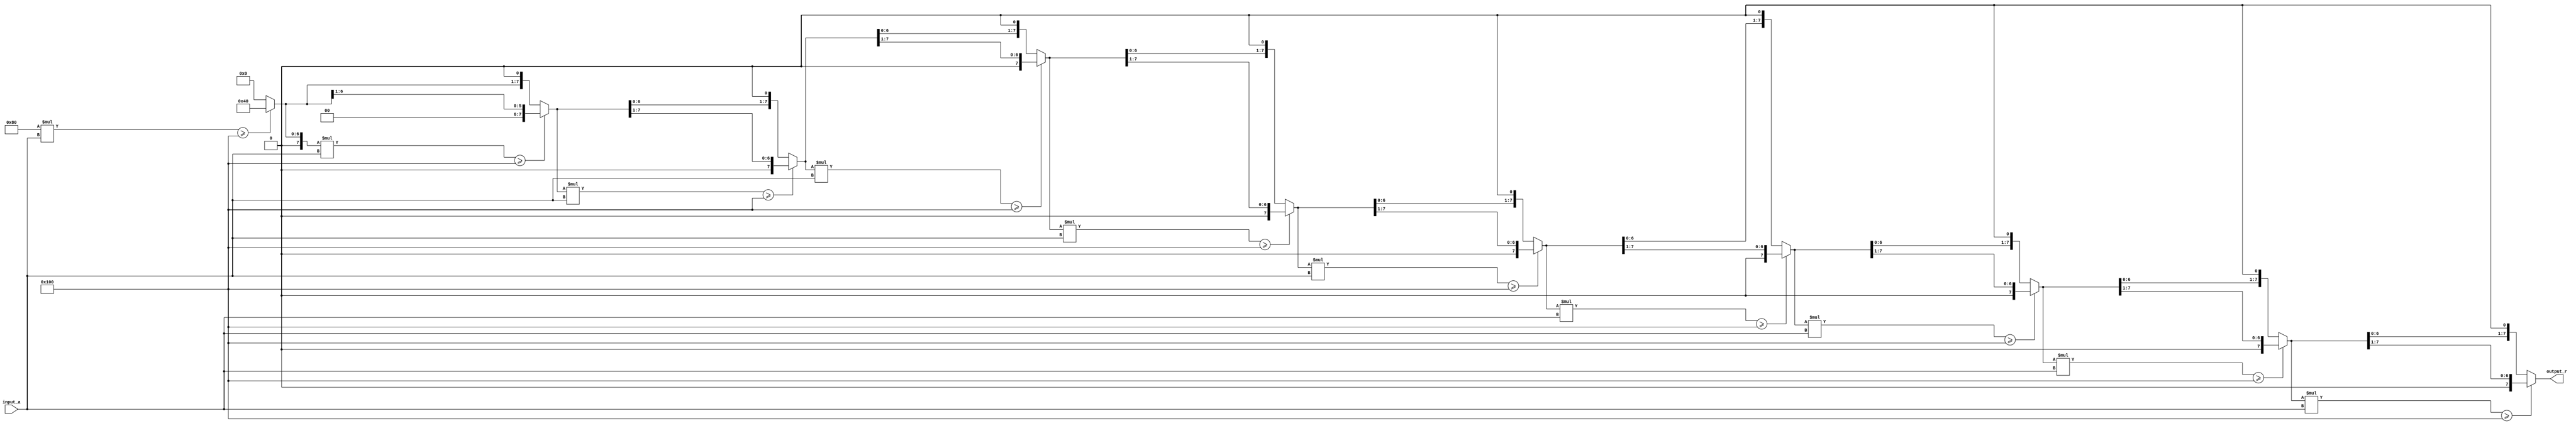
module BitwiseReciprocal #(
    parameter N = 8, // Bit width of the input and output
    parameter MAX_ITER = 10 // Maximum number of iterations for convergence
)(
    input  wire [N-1:0] input_a, // Input value (must be non-zero)
    output reg  [N-1:0] output_r   // Output reciprocal (1/input_a)
);

    reg [N-1:0] estimate; // Current estimate of the reciprocal
    reg [N-1:0] product;  // Product of estimate and input_a
    integer i;            // Loop counter

    always @(*) begin
        // Initialize the estimate to 2^N
        estimate = {1'b1, {N-1{1'b0}}}; // Start with 2^N (1 followed by N-1 zeros)
        
        // Iterative refinement
        for (i = 0; i < MAX_ITER; i = i + 1) begin
            // Calculate product of estimate and input_a
            product = estimate * input_a;

            // Check if product is greater than or equal to 2^N
            if (product >= {1'b1, {N{1'b0}}}) begin
                // If product >= 2^N, shift right (divide by 2)
                estimate = estimate >> 1;
            end else begin
                // If product < 2^N, shift left (multiply by 2)
                estimate = estimate << 1;
            end
        end
        
        // Finalize the output
        output_r = estimate;
    end

endmodule